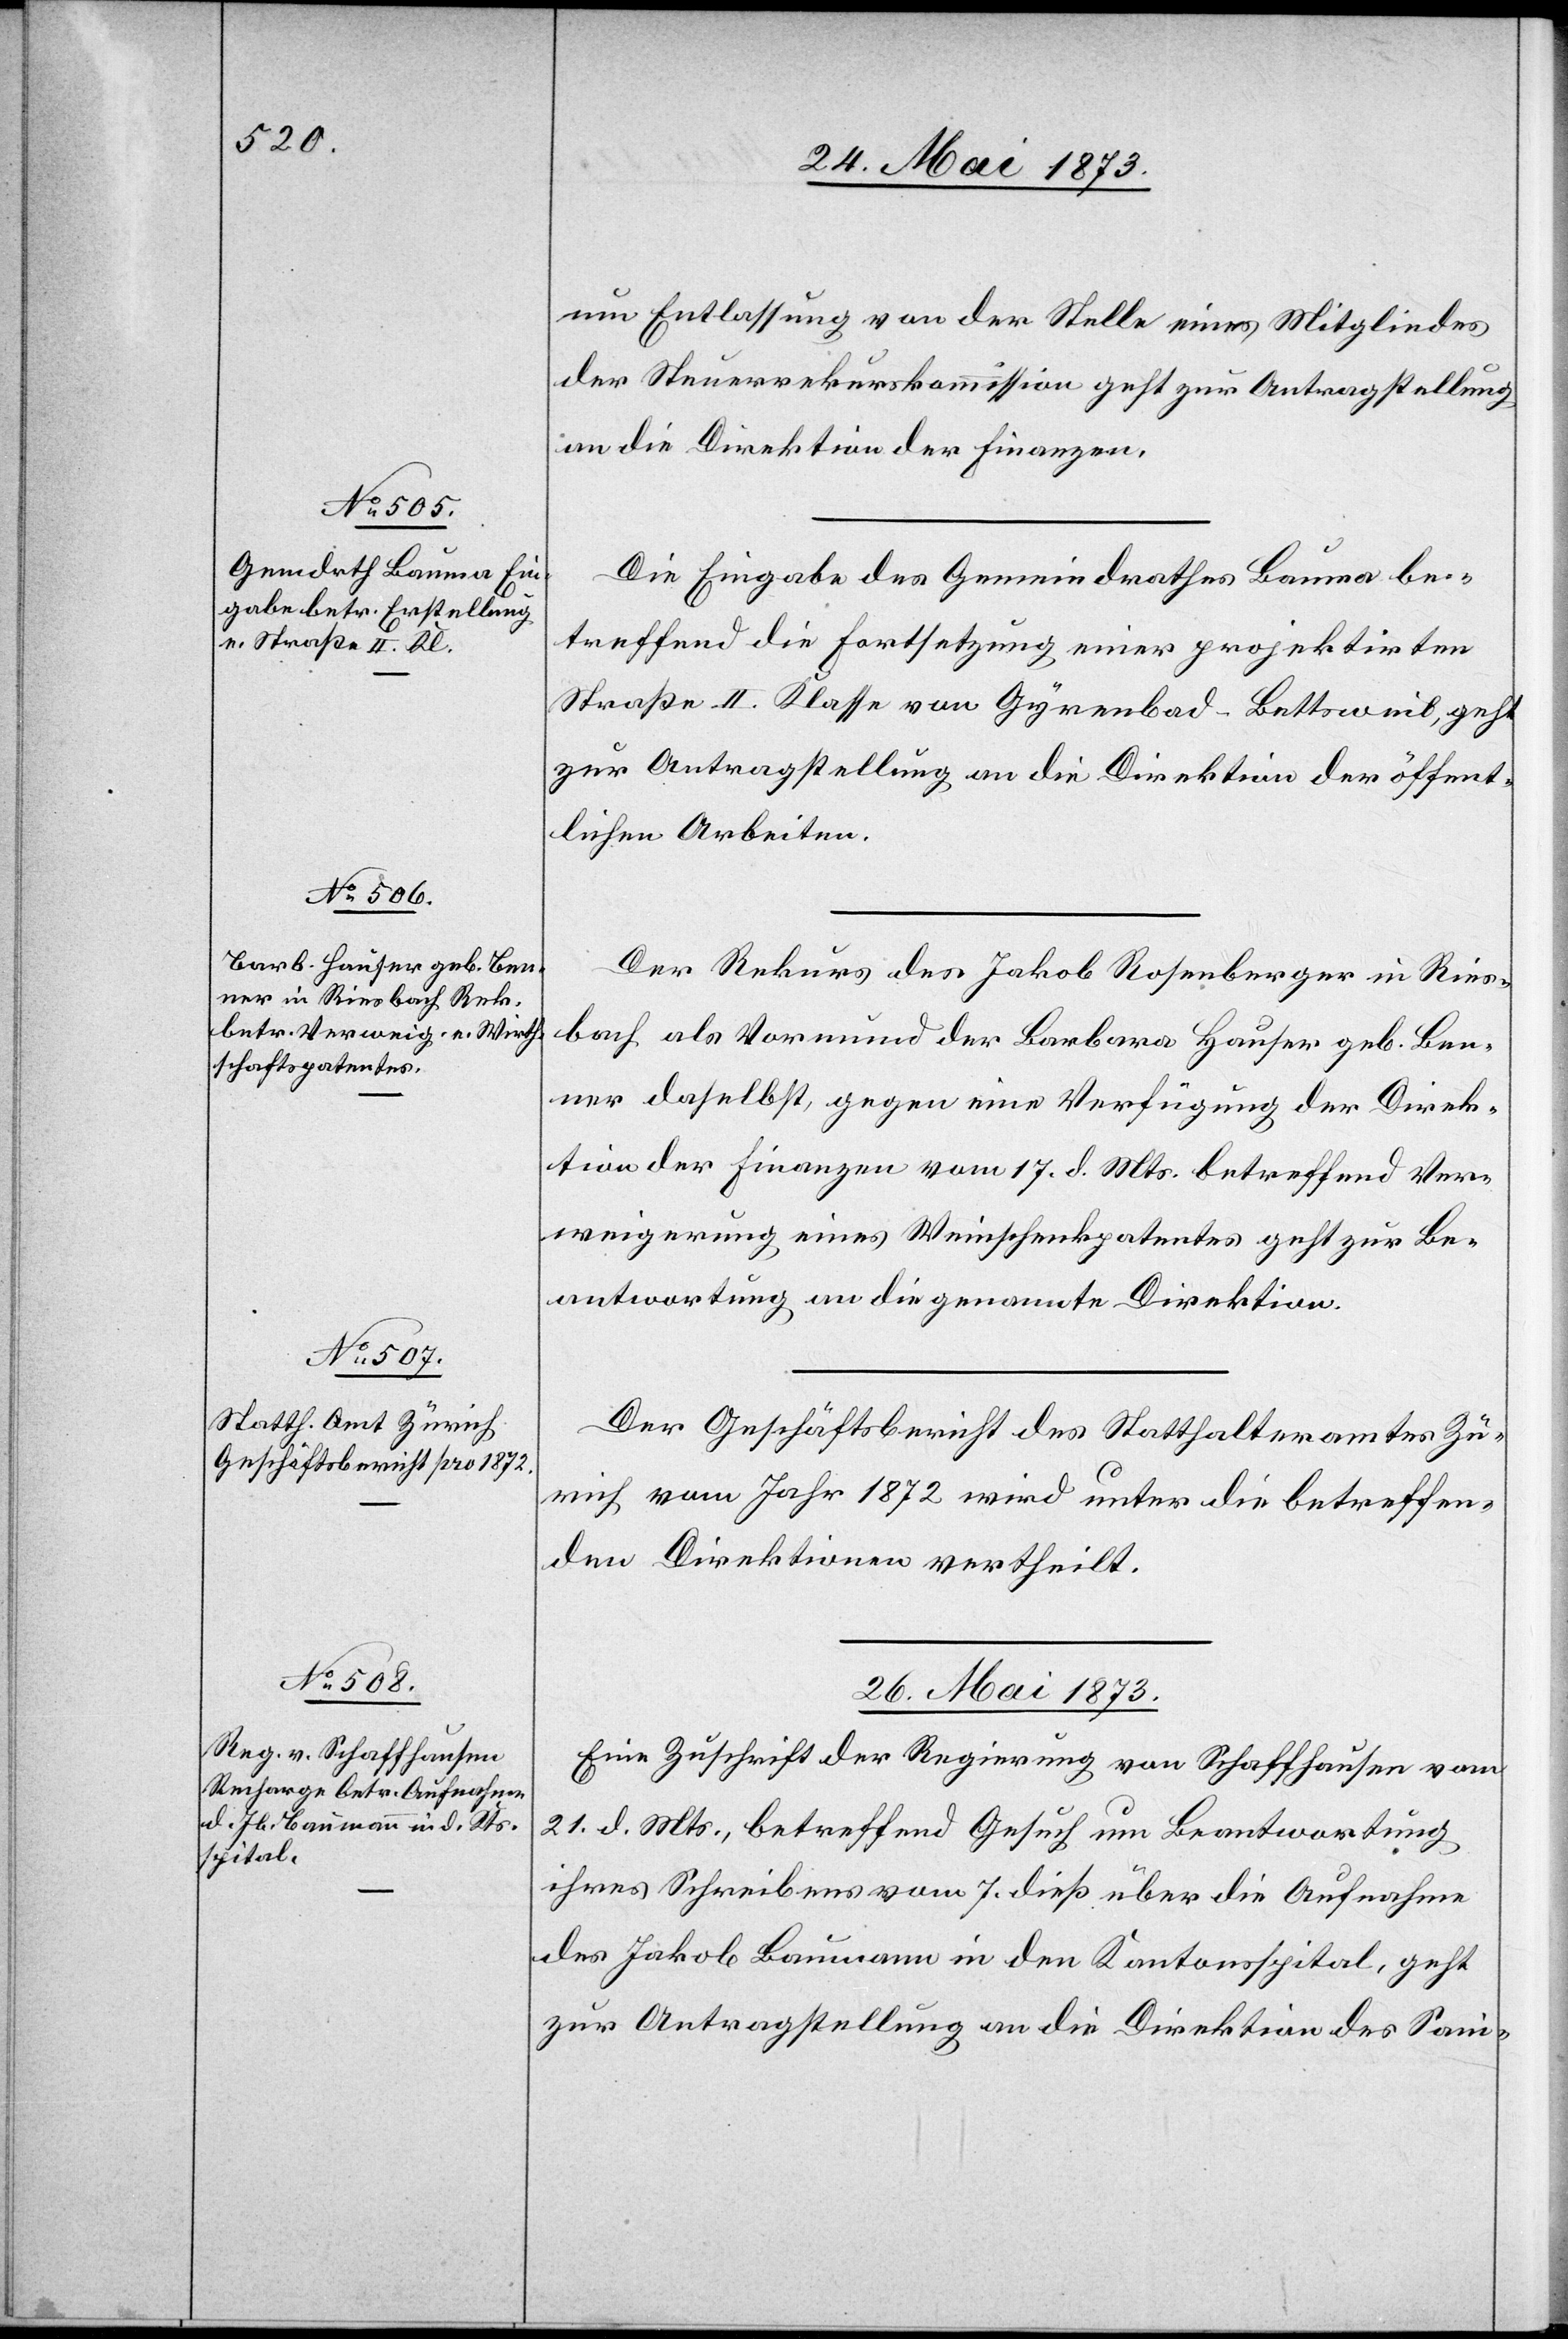
um Entlassung von der Stelle eines Mitgliedes
der Steuerrekurskommission geht zur Antragstellung
an die Direktion der Finanzen.
Die Eingabe des Gemeindrathes Bauma be¬
treffend die Fortsetzung einer projektirten
Straße II. Klasse von Gyrenbad–Bettsweil, geht
zur Antragstellung an die Direktion der öffent¬
lichen Arbeiten.
Der Rekurs des Jakob Rosenberger in Ries¬
bach als Vormund der Barbara Hauser geb. Ben¬
ner daselbst, gegen eine Verfügung der Direk¬
tion der Finanzen vom 17. d. Mts. betreffend Ver¬
weigerung eines Weinschenkpatentes geht zur Be¬
antwortung an die genannte Direktion.
Der Geschäftsbericht des Statthalteramtes Zü¬
rich vom Jahr 1872 wird unter die betreffen¬
den Direktionen vertheilt.
26. Mai 1873.
Eine Zuschrift der Regierung von Schaffhausen vom
21. d. Mts., betreffend Gesuch um Beantwortung
ihres Schreibens vom 7. dieß über die Aufnahme
des Jakob Baumann in den Kantonsspital, geht
zur Antragstellung an die Direktion des Sani-